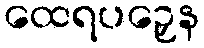
ထေရပဉှေန